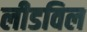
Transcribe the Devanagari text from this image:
लीडविल